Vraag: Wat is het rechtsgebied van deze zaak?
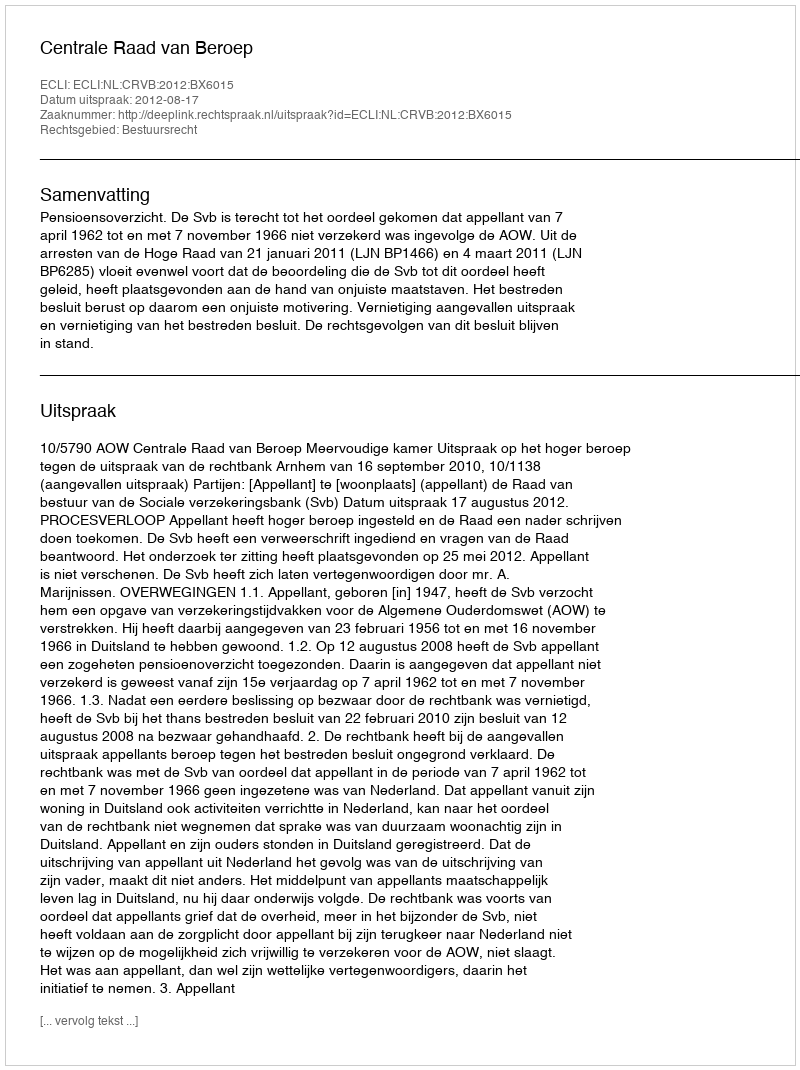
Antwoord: Bestuursrecht